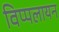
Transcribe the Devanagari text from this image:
विप्पलायन